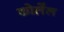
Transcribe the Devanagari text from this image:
कोलेंल